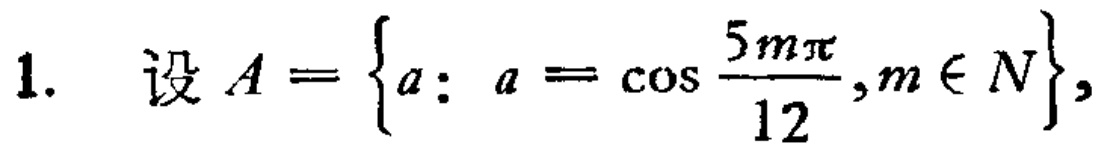
1. 设 \(A = \left\{a: a = \cos\frac{5m\pi}{12},m\in N\right\}\)